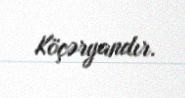
Köçəryandır.